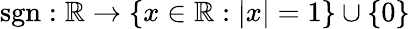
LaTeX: \operatorname{sgn}:\mathbb{R}\to\{ x\in\mathbb{R}:|x|=1\} \cup\{ 0\}